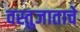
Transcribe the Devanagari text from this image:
वस्तुजाताचे